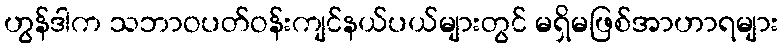
ဟွန်ဒါက သဘာဝပတ်ဝန်းကျင်နယ်ပယ်များတွင် မရှိမဖြစ်အာဟာရများ